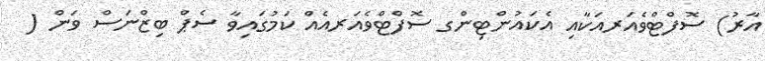
އާރު) ސޮފްޓްވެއަރއަކާއި އެކައުންޓިންގ ސޮފްޓްވެއަރއެއް ކަމުގައިވާ ސެޕް ބިޒްނަސް ވަން (